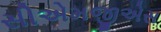
સીએમજીએસ